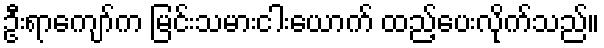
ဦးရာကျော်က မြင်းသမားငါးယောက် ထည့်ပေးလိုက်သည်။